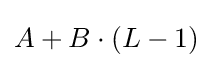
A+B\cdot (L-1)